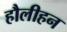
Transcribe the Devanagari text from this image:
हौलीहन